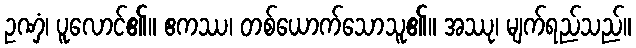
ဥဏှံ၊ ပူလောင်၏။ ဧကဿ၊ တစ်ယောက်သောသူ၏။ အဿု၊ မျက်ရည်သည်။